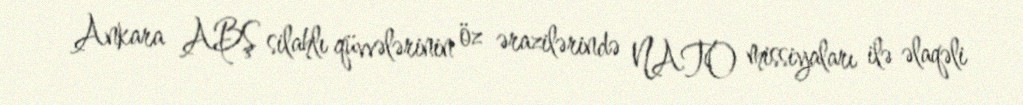
Ankara ABŞ silahlı qüvvələrinin öz ərazilərində NATO missiyaları ilə əlaqəli